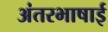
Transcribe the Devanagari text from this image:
अंतरभाषाई